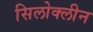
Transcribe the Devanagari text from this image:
सिलोक्लीन